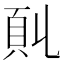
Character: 𩑍